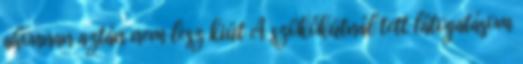
ahonnan aztán nem lesz kiút A szökőkútnál tett látogatásom